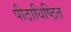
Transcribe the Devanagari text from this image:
पीठाधिष्ठित